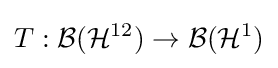
T:{\mathcal {B}}({\mathcal {H}}^{12})\rightarrow {\mathcal {B}}({\mathcal {H}}^{1})